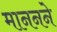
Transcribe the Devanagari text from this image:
माननने